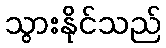
သွားနိုင်သည်